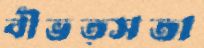
বীভত্সতা